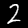
Digit: 2